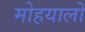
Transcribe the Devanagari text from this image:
मोहयालों